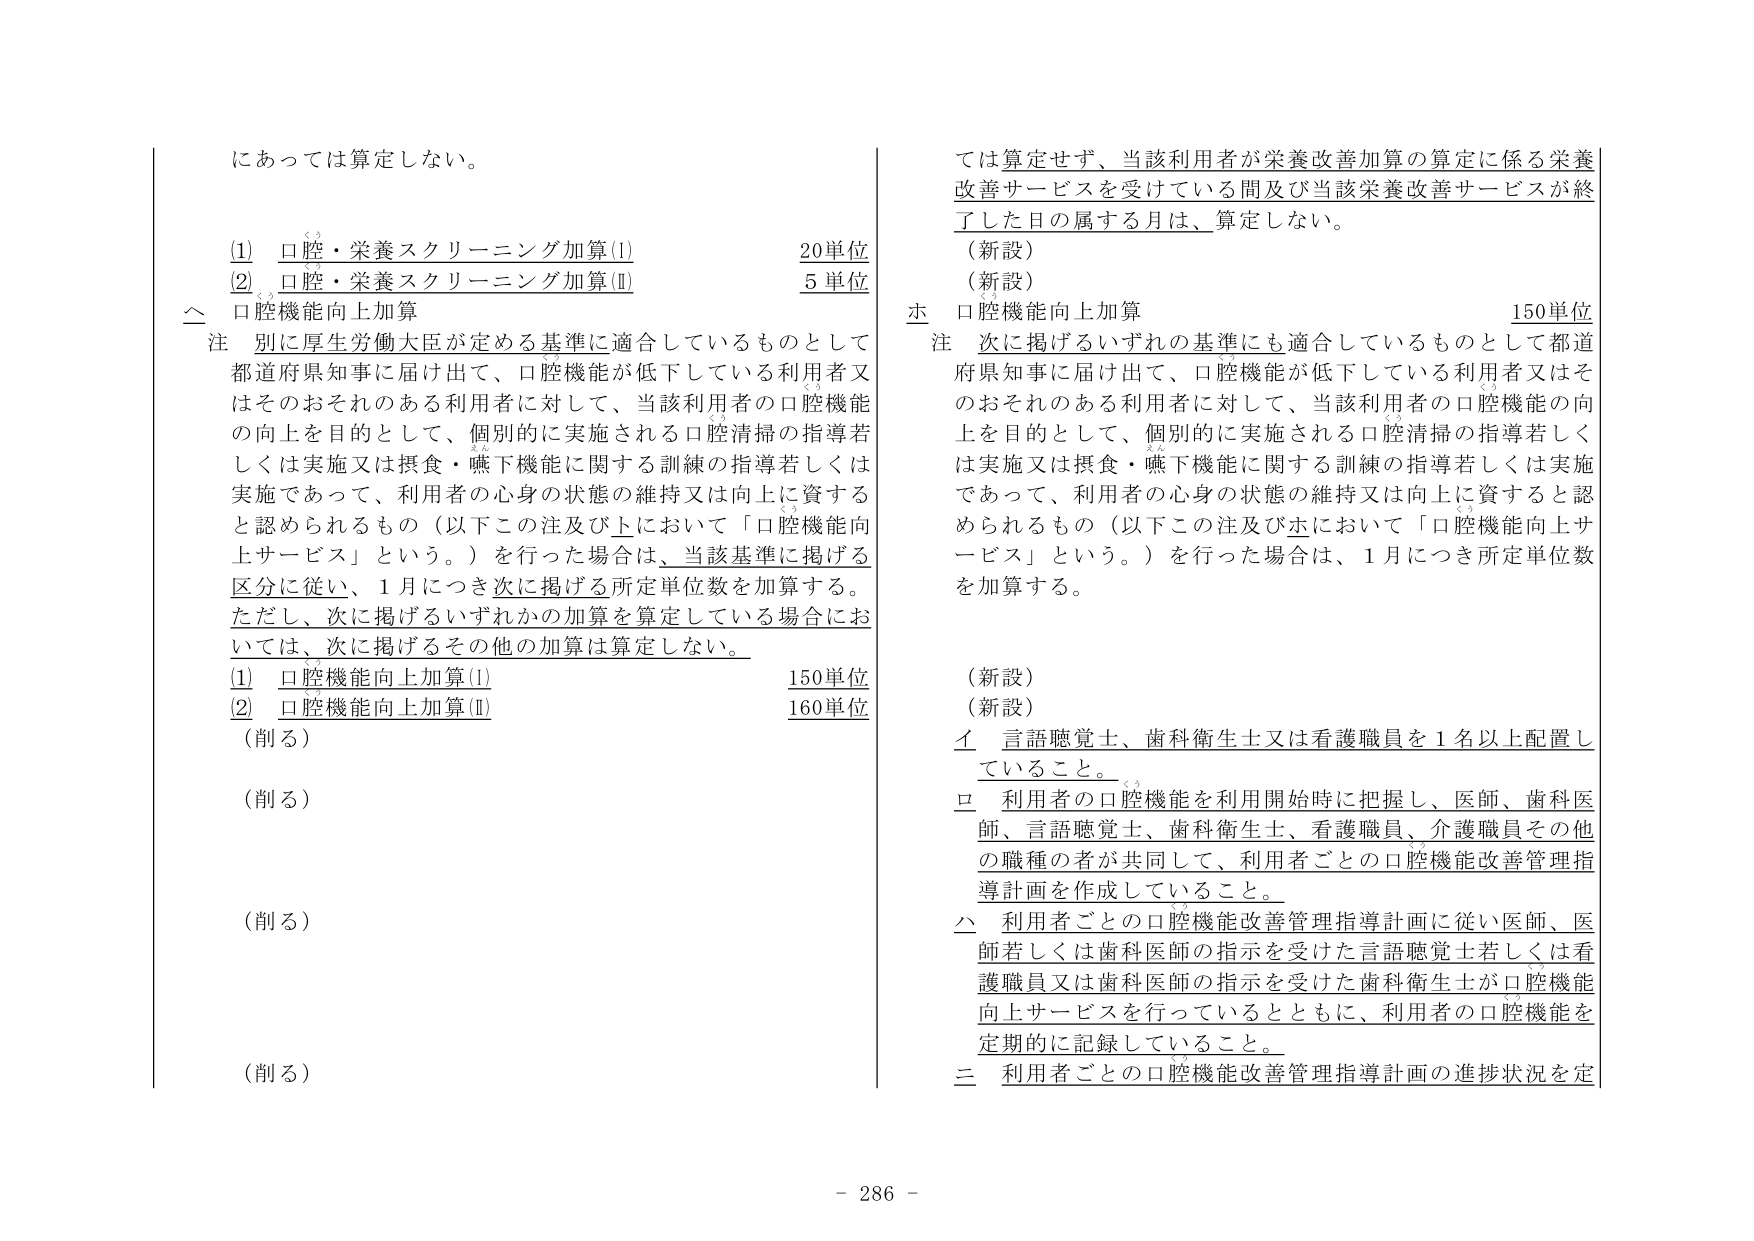
にあっては算定しない。

(1) 口腔・栄養スクリーニング加算(I) 20単位
(2) 口腔・栄養スクリーニング加算(II) 5単位

△ 口腔機能向上加算
注 別に厚生労働大臣が定める基準に適合しているものとして都道府県知事に届け出て、口腔機能が低下している利用者又はそのおそれのある利用者に対して、当該利用者の口腔機能の向上を目的として、個別的に実施される口腔清掃の指導若しくは実施又は摂食・嚥下機能に関する訓練の指導若しくは実施であって、利用者の心身の状態の維持又は向上に資すると認められるもの（以下この注及び△において「口腔機能向上サービス」という。）を行った場合は、当該基準に掲げる区分に従い、1月につき次に掲げる所定単位数を加算する。
ただし、次に掲げるいずれかの加算を算定している場合においては、次に掲げるその他の加算は算定しない。

(1) 口腔機能向上加算(I) 150単位
(2) 口腔機能向上加算(II) 160単位

（削る）
（削る）
（削る）
（削る）

ては算定せず、当該利用者が栄養改善加算の算定に係る栄養改善サービスを受けている間及び当該栄養改善サービスが終了した日の属する月は、算定しない。

（新設）
（新設）

ホ 口腔機能向上加算 150単位
注 次に掲げるいずれの基準にも適合しているものとして都道府県知事に届け出て、口腔機能が低下している利用者又はそのおそれのある利用者に対して、当該利用者の口腔機能の向上を目的として、個別的に実施される口腔清掃の指導若しくは実施又は摂食・嚥下機能に関する訓練の指導若しくは実施であって、利用者の心身の状態の維持又は向上に資すると認められるもの（以下この注及びホにおいて「口腔機能向上サービス」という。）を行った場合は、1月につき所定単位数を加算する。

（新設）
（新設）

イ 言語聴覚士、歯科衛生士又は看護職員を1名以上配置していること。
ロ 利用者の口腔機能を利用開始時に把握し、医師、歯科医師、言語聴覚士、歯科衛生士、看護職員、介護職員その他 の職種の者が共同して、利用者ごとの口腔機能改善管理指導計画を作成していること。
△ 利用者ごとの口腔機能改善管理指導計画に従い医師、医師若しくは歯科医師の指示を受けた言語聴覚士若しくは看護職員又は歯科医師の指示を受けた歯科衛生士が口腔機能向上サービスを行っているとともに、利用者の口腔機能を定期的に記録していること。
ニ 利用者ごとの口腔機能改善管理指導計画の進捗状況を定

- 286 -